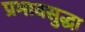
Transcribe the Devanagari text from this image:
प्रभावसुद्धा